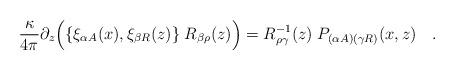
LaTeX: \begin{align*}{\kappa \over{ 4\pi}}\partial_z\Bigl(\{\xi_{\alpha A}(x),\xi_{\beta R}(z)\}\;R_{\beta\rho}(z)\Bigr) = R_{\rho\gamma}^{-1}(z) \;P_{(\alpha A)(\gamma R)}(x,z)\quad.\end{align*}